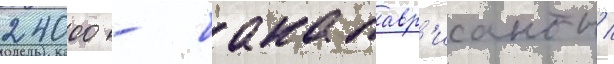
24000 - бакалавр'ианты /